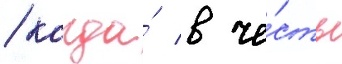
/ когда́ в че́сть